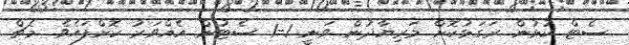
ސެޓް ކުޅުން ރަގަޅުކޮށް މަރިޔާދުން ވަނީ 1-1 ސެޓުން އެއްވަރު ކޮށްފައެވެ. މެޗް